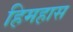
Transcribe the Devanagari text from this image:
हिमहास